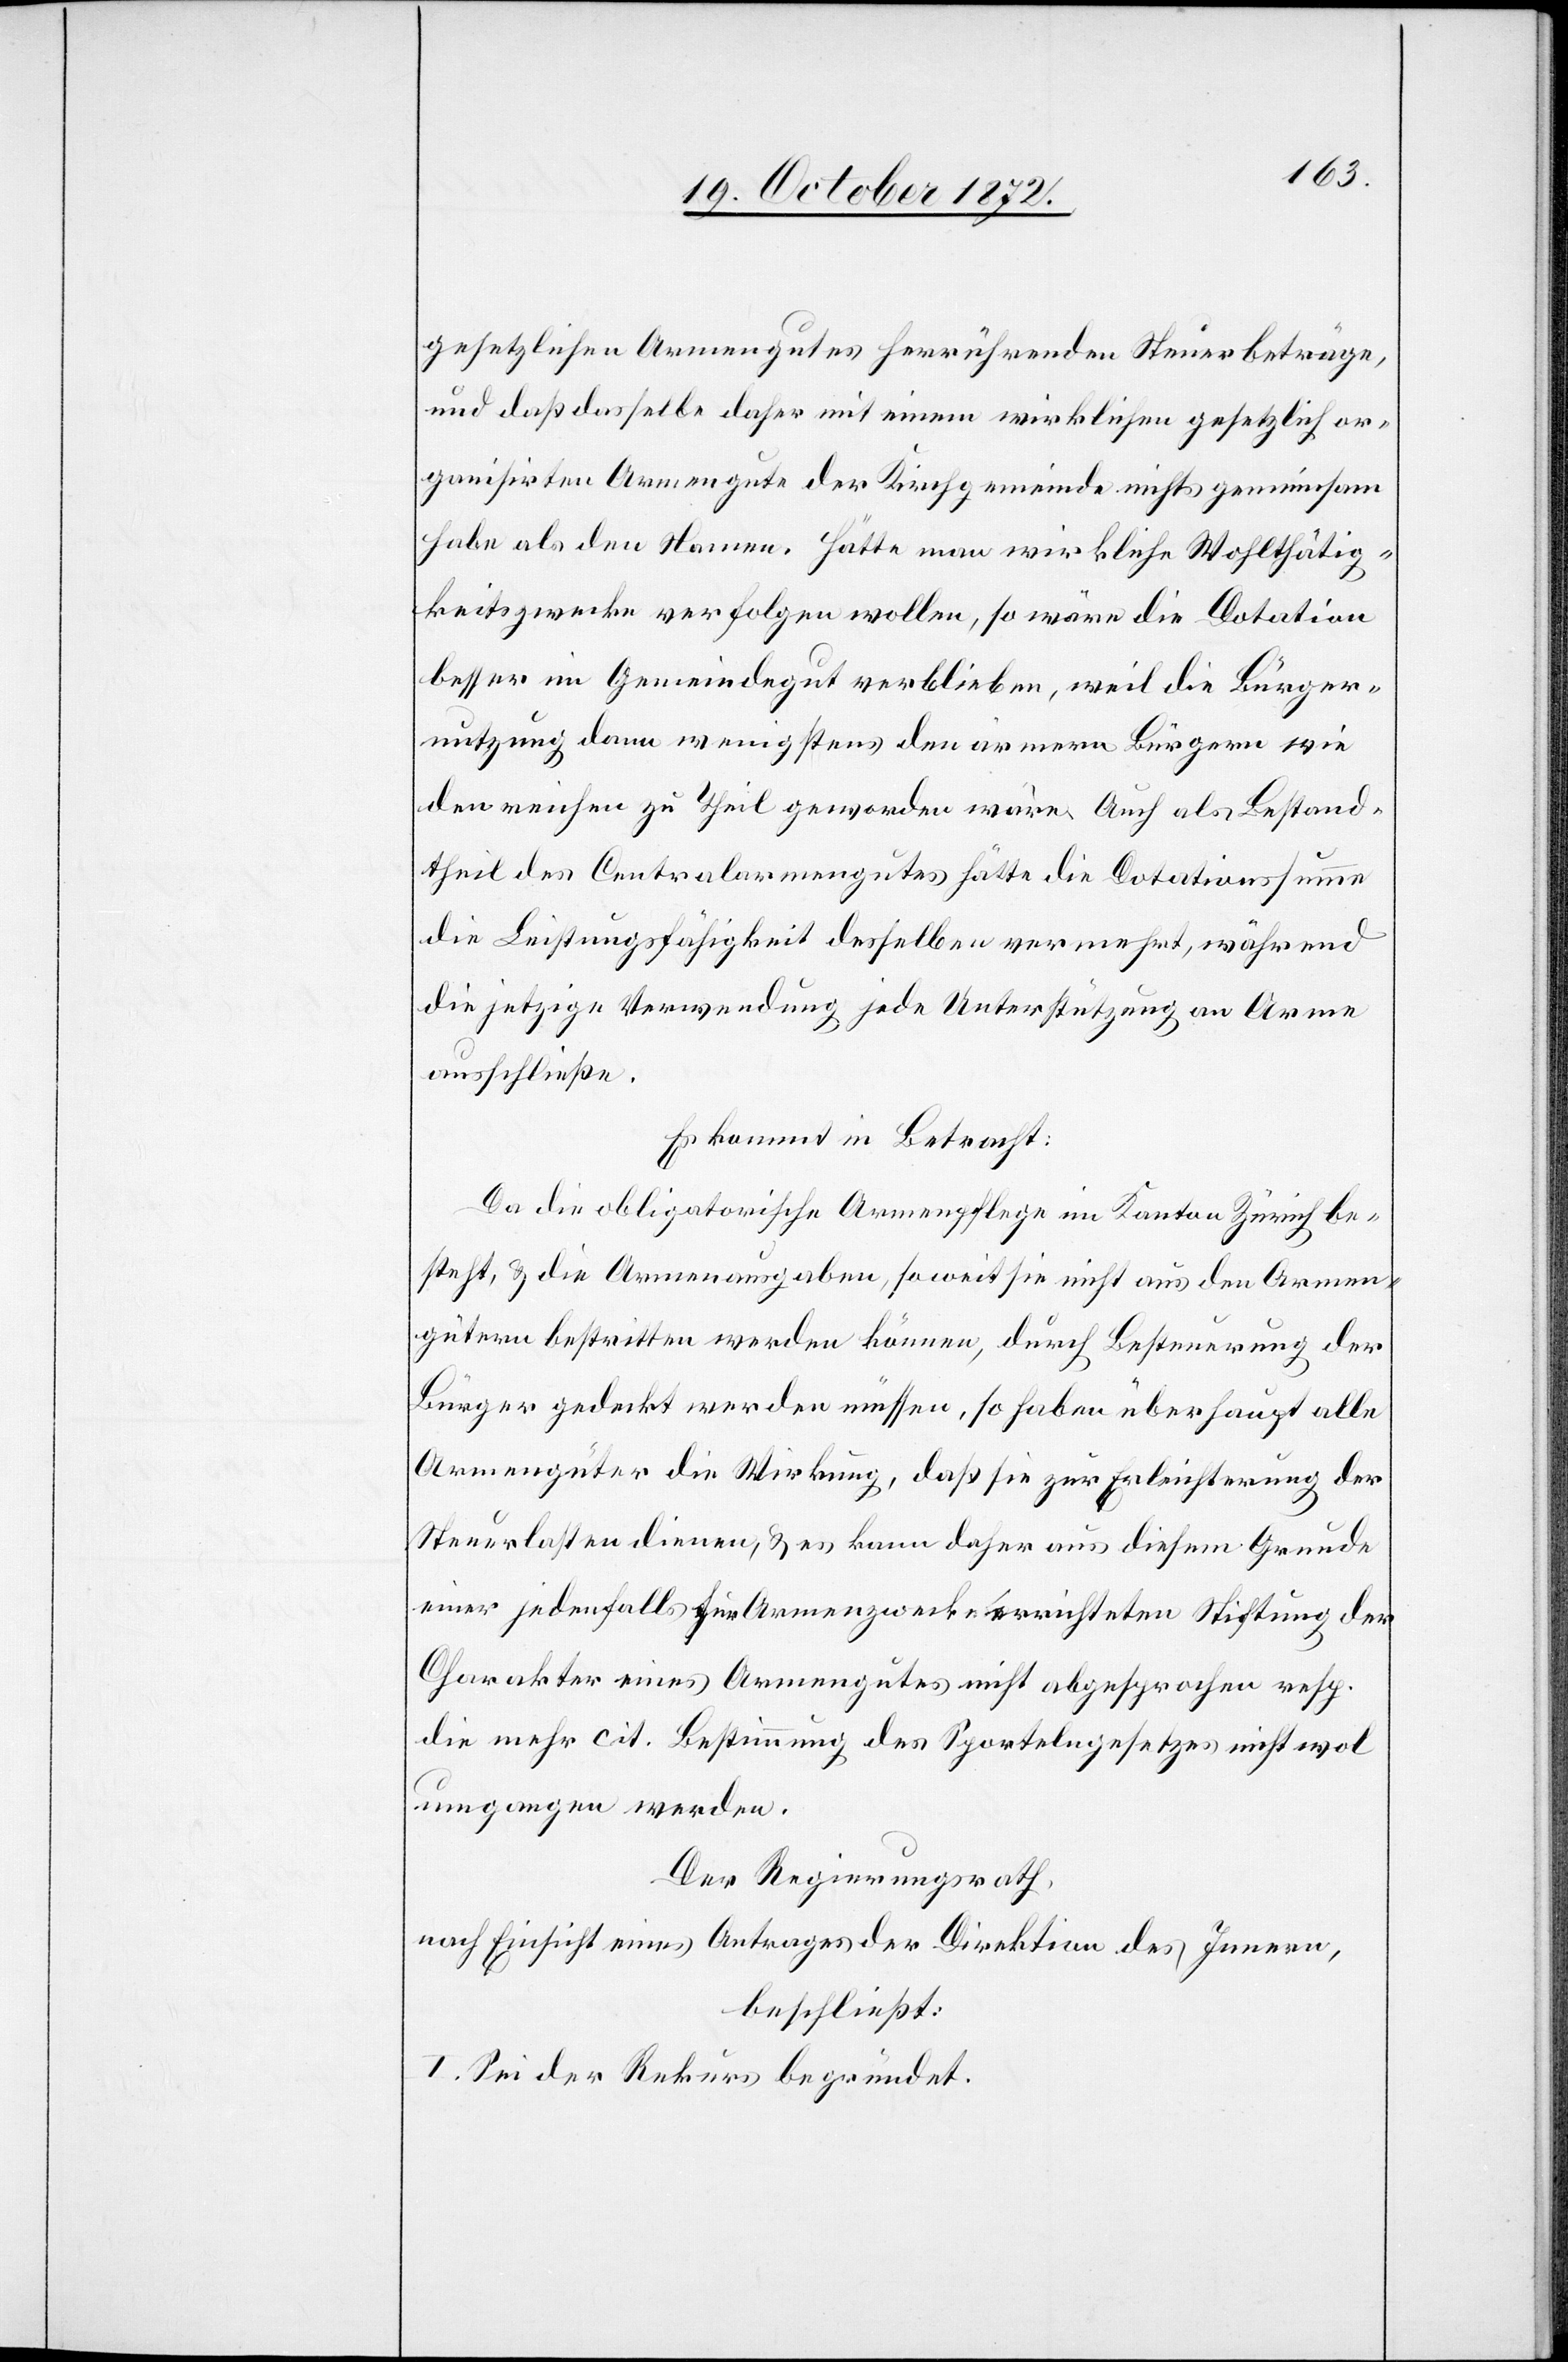
gesetzlichen Armengutes herrührenden Steuerbeträge
und daß dasselbe daher mit einem wirklichen gesetzlich or¬
ganisirten Armengute der Kirchgemeinde nichts gemeinsam
habe als den Namen. Hätte man wirkliche Wohlthätig¬
keitszwecke verfolgen wollen, so wäre die Dotation
besser im Gemeindegut verblieben, weil die Bürger¬
nutzung dann wenigstens den ärmern Bürgern wie
den reichen zu Theil geworden wäre. Auch als Bestand¬
theil des Centralarmengutes hätte die Dotationssumme
die Leistungsfähigkeit desselben verehrt, während
die jetzige Verwendung jede Unterstützung an Arme
ausschließe.
Es kommt in Betracht:
Da die obligatorische Armenpflege im Kanton Zürich be¬
steht, u. die Armenausgaben, soweit sie nicht aus den Armen¬
gütern bestritten werden können, durch Besteuerung der
Bürger gedeckt werden müssen, so haben überhaupt alle
Armengüter die Wirkung, daß sie zur Erleichterung der
Steuerlasten dienen, u. es kann daher aus diesem Grunde
einer jedenfalls für Armenzwecke errichteten Stiftung der
Charakter eines Armengutes nicht abgesprochen resp.
die mehr cit. Bestimmung des Sportelngesetzes nicht wol
umgangen werden.
Der Regierungsrath,
nach Einsicht eines Antrages der Direktion des Innern,
beschließt:
I. Sei der Rekurs begründet.